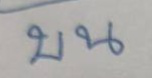
บน